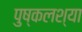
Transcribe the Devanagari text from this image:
पुष्कलश्या